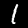
Digit: 1